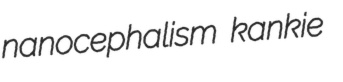
nanocephalism kankie